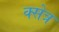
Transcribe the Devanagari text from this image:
क्सेत्र